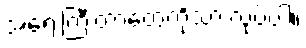
အရေးကြီးတာတွေကိုသာ လုပ်ပါ။